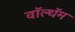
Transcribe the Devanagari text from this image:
वॉल्थॅम